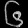
Digit: ၆